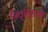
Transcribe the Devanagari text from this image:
निवृतिरात्मा